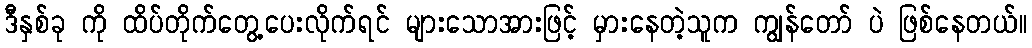
ဒီနှစ်ခု ကို ထိပ်တိုက်တွေ့ပေးလိုက်ရင် များသောအားဖြင့် မှားနေတဲ့သူက ကျွန်တော် ပဲ ဖြစ်နေတယ်။